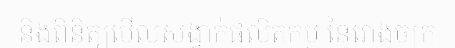
និងពិនិត្យមើលសង្វាក់ផលិតកម្ម នៃរោងចក្រ